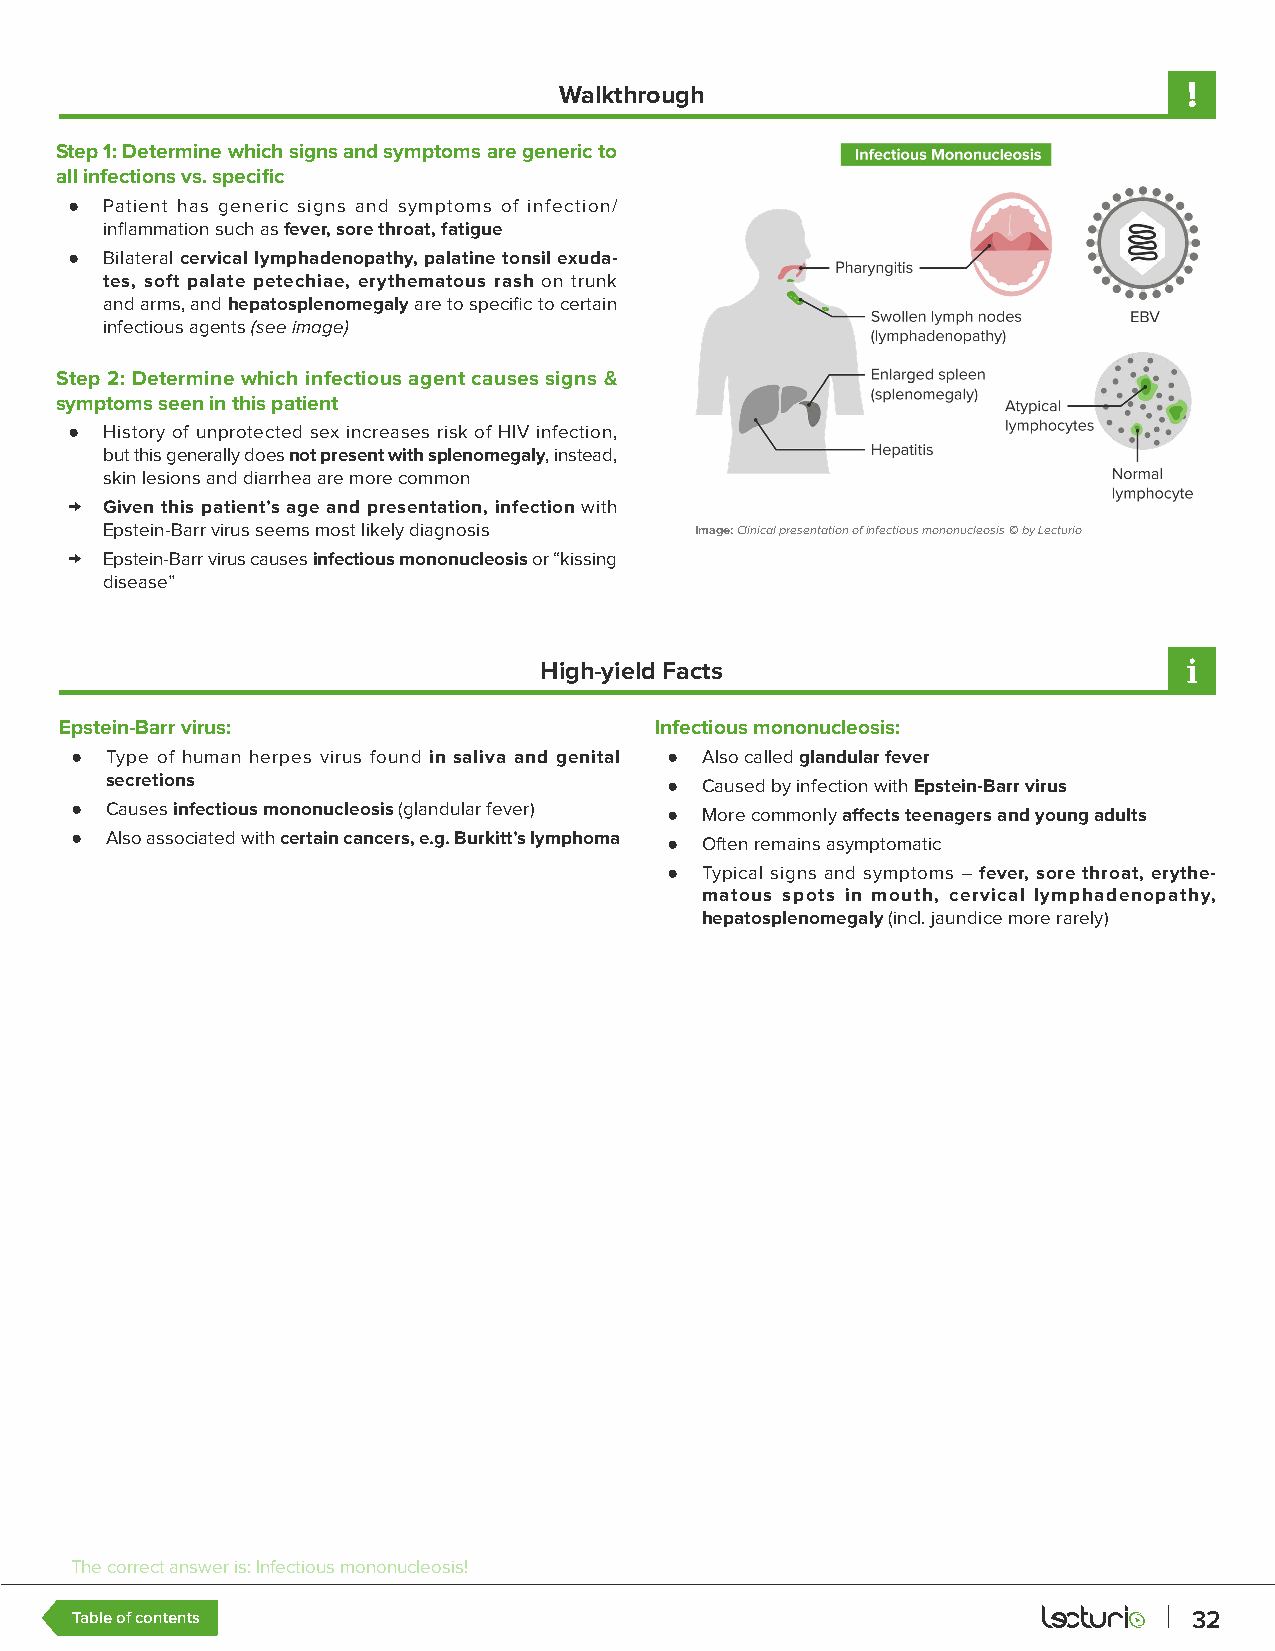
Walkthrough
 Step 1: Determine which signs and symptoms are generic to
 all infections vs. specific
 ●  Patient has generic signs and symptoms of infection/
 inflammation such as fever, sore throat, fatigue
 ●  Bilateral cervical lymphadenopathy, palatine tonsil exuda-
 tes, soft palate petechiae, erythematous rash on trunk
 and arms, and hepatosplenomegaly are to specific to certain
 infectious agents (see image)
 Step 2: Determine which infectious agent causes signs &
 symptoms seen in this patient
 ●  History of unprotected sex increases risk of HIV infection,
 but this generally does not present with splenomegaly, instead,
 skin lesions and diarrhea are more common
 →  Given this patient’s age and presentation, infection with
 Epstein-Barr virus seems most likely diagnosis Image: Clinical presentation of infectious mononucleosis © by Lecturio
 →  Epstein-Barr virus causes infectious mononucleosis or “kissing
 disease”
 High-yield Facts
 Epstein-Barr virus:                    Infectious mononucleosis:
 ● Type of human herpes virus found in saliva and genital ● Also called glandular fever
 secretions                           ● Caused by infection with Epstein-Barr virus
 ● Causes infectious mononucleosis (glandular fever) ● More commonly affects teenagers and young adults
 ● Also associated with certain cancers, e.g. Burkitt’s lymphoma ● Often remains asymptomatic
 ● Typical signs and symptoms – fever, sore throat, erythe-
 matous spots in mouth, cervical lymphadenopathy,
 hepatosplenomegaly (incl. jaundice more rarely)
 The correct answer is: Infectious mononucleosis!
 Table of contents                                                         32